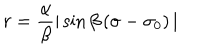
r = \frac { \alpha } { \beta } \vert \sin \beta \left( \sigma - \sigma _ { 0 } \right) \vert